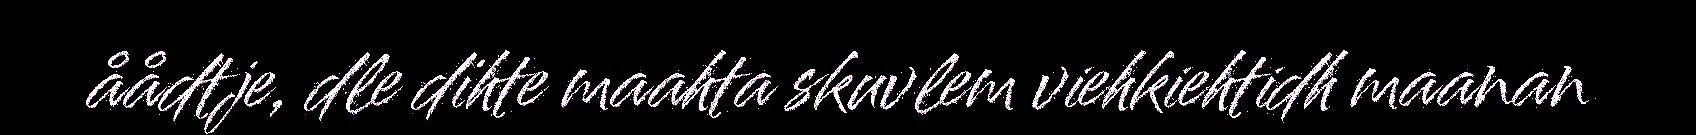
åådtje, dle dïhte maahta skuvlem viehkiehtidh maanan